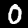
Label: 0